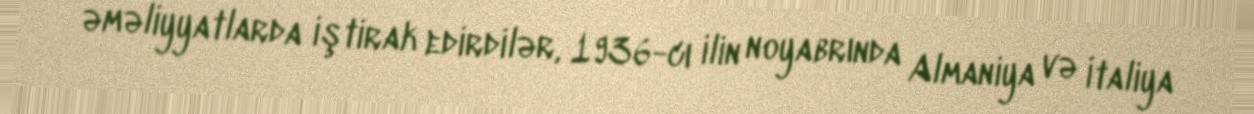
əməliyyatlarda iştirak edirdilər, 1936-cı ilin noyabrında Almaniya və İtaliya